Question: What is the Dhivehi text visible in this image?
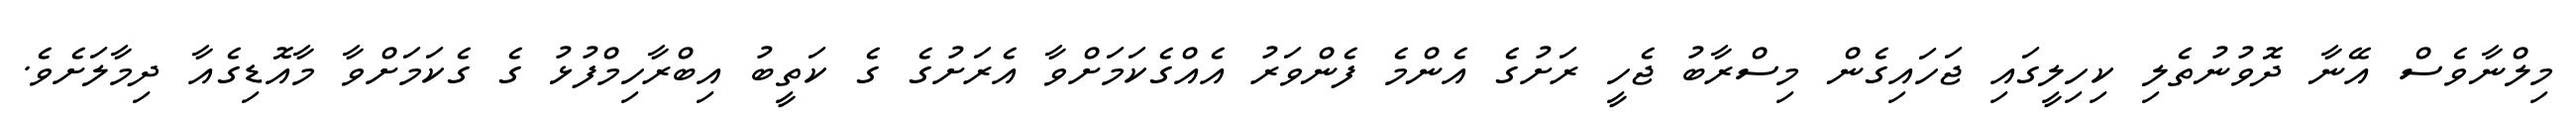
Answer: މިލްނާވެސް އޭނާ ދޮވުނުތެލި ކިހިލީގައި ޖަހައިގެން މިސްރާބު ޖެހީ ރަށުގެ އެންމެ ފެންވަރު އެއްގެކަމަށްވާ އެރަށުގެ ގެ ކަތީބު އިބްރާހިމްފުޅު ގެ ގެކަމަށްވާ މާއޮޑިގެއާ ދިމާލަށެވެ.